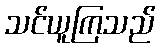
သင်ယူကြသည်